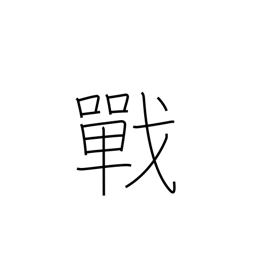
Meaning: fighting